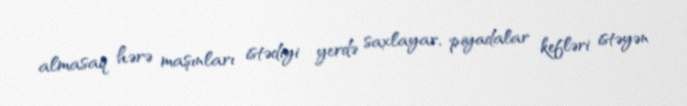
almasaq hərə maşınları istədiyi yerdə saxlayar, piyadalar kefləri istəyən